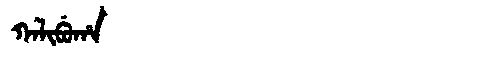
Manchu: ᡴᠠᠯᡳᠪᡠᡥᠠ
Romanization: KALIBUHA